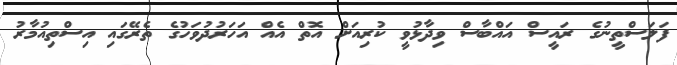
ފަލަސްތީނުގެ ރައީސް އައްބާސް ވިދާޅުވީ ކުރިއަށް އޮތް އެއް އަހަރުދުވަހުގެ ތެރޭގައި އިސްތިއުމާރު